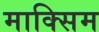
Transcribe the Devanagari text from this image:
माक्सिम